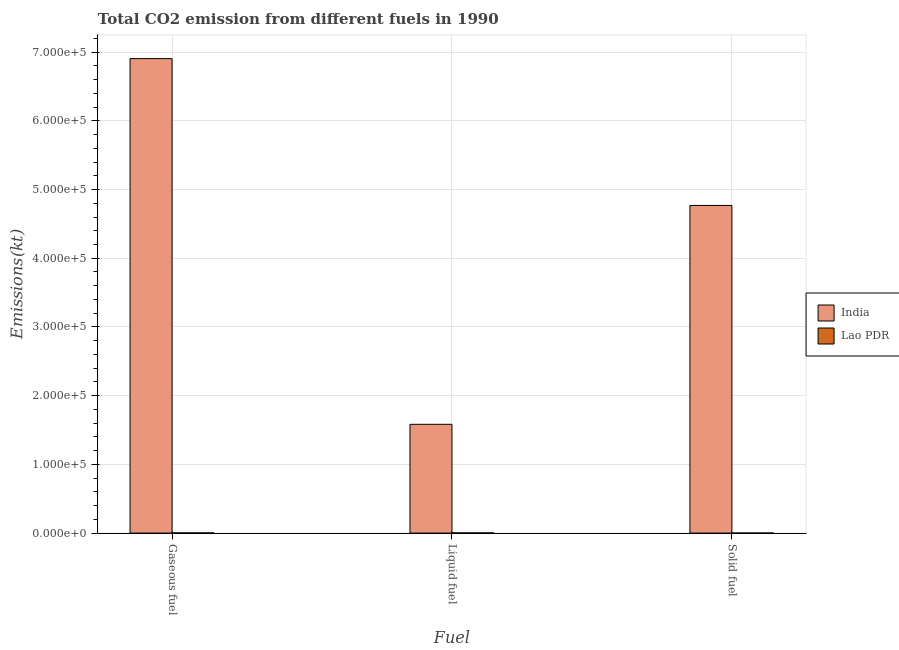
| Fuel | India | Lao PDR |
 | --- | --- | --- |
 | Gaseous fuel | 6.91e+05 | 235 |
 | Liquid fuel | 1.58e+05 | 231 |
 | Solid fuel | 4.77e+05 | 3.67 |